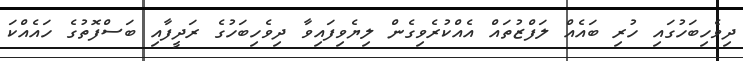
ދިވެހިބަހުގައި ހުރި ބައެއް ލަފްޒުތައް އެއްކުރެވިގެން ލިޔެވިފައިވާ ދިވެހިބަހުގެ ރަދީފާއި ބަސްފޮތުގެ ހައެއްކަ